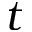
t